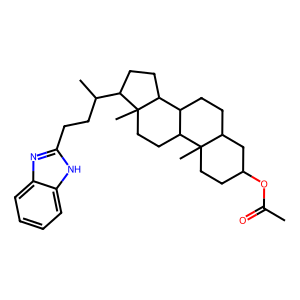
SMILES: CC(=O)OC1CCC2(C)C(CCC3C2CCC2(C)C(C(C)CCc4nc5ccccc5[nH]4)CCC32)C1
Inhibits HIV replication: No